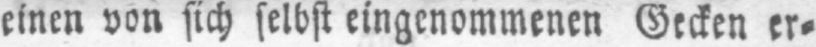
einen von sich selbst eingenommenen Gecken er⸗